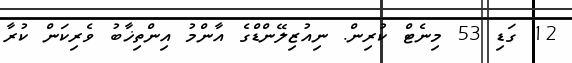
12 ގަޑި 53 މިނެޓް ކުރިން. ނިއުޒިލޭންޑްގެ އާންމު އިންތިޚާބު ވެރިކަން ކުރާ